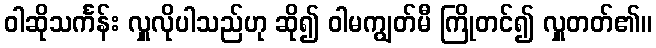
ဝါဆိုသင်္ကန်း လှူလိုပါသည်ဟု ဆို၍ ဝါမကျွတ်မီ ကြိုတင်၍ လှူတတ်၏။